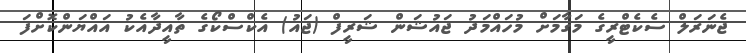
ޖެނަރަލް ސެކެޓްރީގެ މަގާމަށް މުހައްމަދު ޖައުޝަން ޝަރީފް (ޖައު) އެކްސްކޯގެ ތާއީދާއެކު އައްޔަންކޮށްފަ